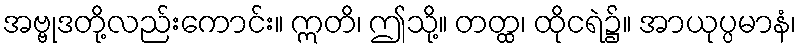
အဗ္ဗုဒတို့လည်းကောင်း။ ဣတိ၊ ဤသို့။ တတ္ထ၊ ထိုငရဲ၌။ အာယုပ္ပမာနံ၊